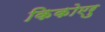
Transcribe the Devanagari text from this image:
किकोएरु